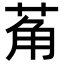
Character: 𬜲